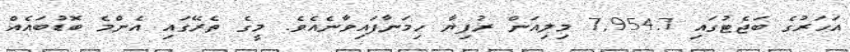
އަހަރުގެ ބަޖެޓުގައި 7